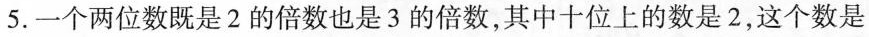
5.一个两位数既是2的倍数也是3的倍数，其中十位上的数十2，这个数是